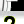
Digit: 2